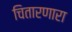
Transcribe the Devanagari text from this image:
चितारणारा